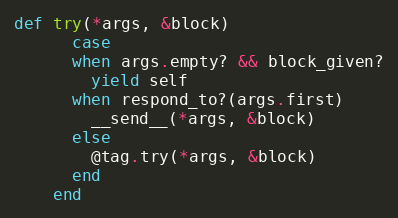
Language: Ruby
def try(*args, &block)
      case
      when args.empty? && block_given?
        yield self
      when respond_to?(args.first)
        __send__(*args, &block)
      else
        @tag.try(*args, &block)
      end
    end